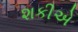
શકીએ